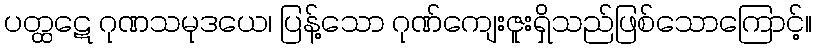
ပတ္ထဋေ ဂုဏသမုဒယေ၊ ပြန့်သော ဂုဏ်ကျေးဇူးရှိသည်ဖြစ်သောကြောင့်။